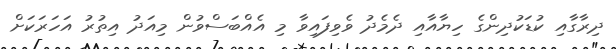
ދިރާގާއި ކުޑަކުދިންގެ ހިޔާއާއި ދެމެދު ވެވިފައިވާ މި އެއްބަސްވުން މިއަދު އިތުރު އަހަރަކަށް